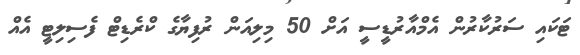
ޓަކައި ސަރުކާރުން އެމްއާރުޑީސީ އަށް 50 މިލިއަން ރުފިޔާގެ ކްރެޑިޓް ފެސިލިޓީ އެއް